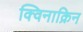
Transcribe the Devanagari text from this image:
क्विनाक्रिन